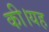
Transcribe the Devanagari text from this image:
की।यह